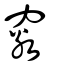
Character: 竅